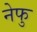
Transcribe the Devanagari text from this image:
नेफु